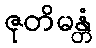
ဇုတိမန္တံ